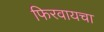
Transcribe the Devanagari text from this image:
फिरवायचा